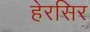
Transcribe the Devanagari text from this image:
हेरसिर